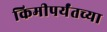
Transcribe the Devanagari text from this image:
किमीपर्यंतच्या